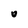
Character: o